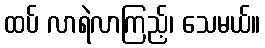
ထပ် လာရဲလာကြည့်၊ သေမယ်။